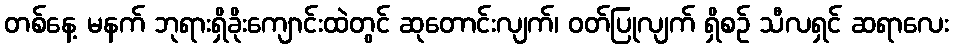
တစ်နေ့ မနက် ဘုရားရှိခိုးကျောင်းထဲတွင် ဆုတောင်းလျက်၊ ဝတ်ပြုလျက် ရှိစဉ် သီလရှင် ဆရာလေး